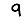
Digit: 9